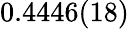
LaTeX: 0.4446(18)